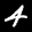
Label: 4